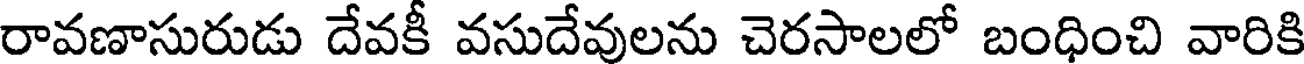
రావణాసురుడు దేవకీ వసుదేవులను చెరసాలలో బంధించి వారికి